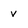
Character: v